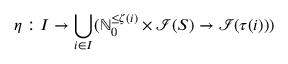
\eta : I \rightarrow \bigcup _ { i \in I } ( \mathbb { N } _ { 0 } ^ { \leq \zeta ( i ) } \times \mathcal { I } ( S ) \rightarrow \mathcal { I } ( \tau ( i ) ) )